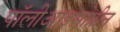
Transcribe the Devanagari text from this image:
पॉलीआइसोप्रीन